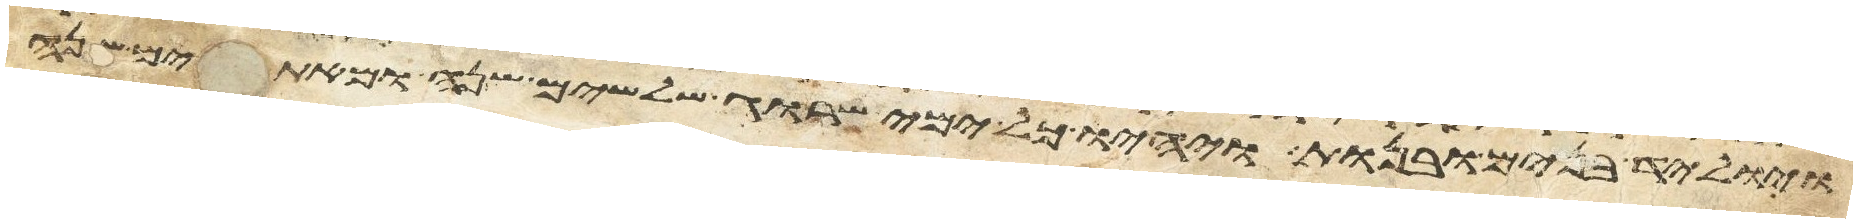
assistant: ויוליד בנים ובנות ויהיו כל ימי שרוג שלשים שנה ומאתים שנה